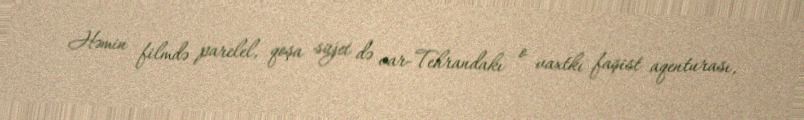
Həmin filmdə parelel, qoşa süjet də var-Tehrandakı o vaxtkı faşist aqenturası,